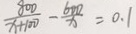
\frac { 8 0 0 } { x + 1 0 0 } - \frac { 6 0 0 } { x } = 0 . 1